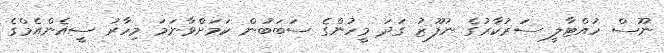
ނޫސް ހުއްޓާލީ ސަރުކާރުގެ ނުފޫޒު ގަދަ މީހުންގެ ސަބަބުން ކަމަށްވާނަމަ މިހާރު ސީއެންއެމްގެ